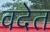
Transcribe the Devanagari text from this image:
वदेत